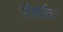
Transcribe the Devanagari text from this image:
निर्वाक